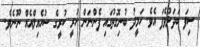
ސިފަ ބަދަލުވެފަ އެވެ. ހަމީދު ބުނިގޮތުގައި ފެންނަން ހުރީ ކުރީގެ ސުހެއިލްއެއް ނޫނެވެ.